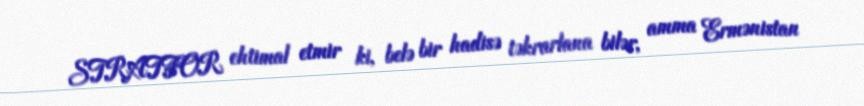
STRATFOR ehtimal etmir ki, belə bir hadisə təkrarlana bilər, amma Ermənistan